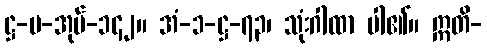
ဋ္ဌ-ပ-အုပ်-၁၄၂။ အံ-၁-ဋ္ဌ-၇၃၊ သုံးဂါထာ ပါ၏။ ဣတိ-